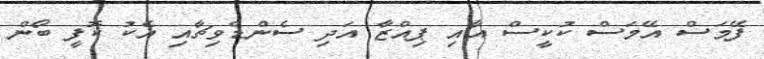
ފޭމަސް އޭމަސް ކުކީސް އާއި ޕިއްޒާ އަދި ސެންޑްވިޗާއި އެކު ކޮފީ ބޯން